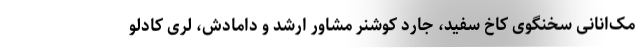
مک‌انانی سخنگوی کاخ سفید، جارد کوشنر مشاور ارشد و دامادش، لری کادلو